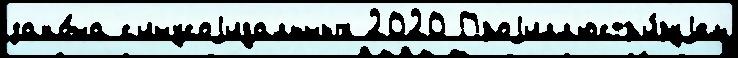
зако́на с'инусоjидальных 2020 Проjилл'юстр'и́руjем